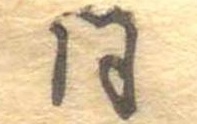
同